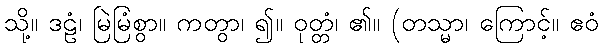
သို့။ ဒဠံ၊ မြဲမြံစွာ။ ကတွာ၊ ၍။ ဝုတ္တံ၊ ၏။ (တသ္မာ၊ ကြောင့်။ ဧဝံ